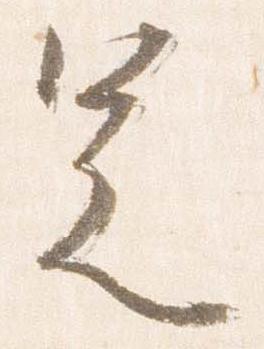
足